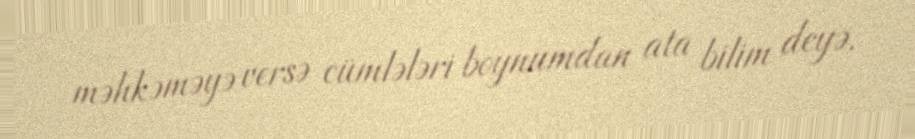
məhkəməyə versə cümlələri boynumdan ata bilim deyə.